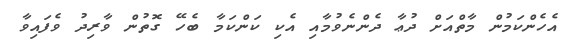
އެހެންކަމުން މާތްއަށް ދުޢާ ދެންނެވުމާއި އެކި ކަންކަމާ ބެހޭ ގޮތުން ވާރިދު ވެފައިވާ